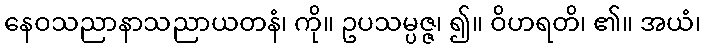
နေဝသညာနာသညာယတနံ၊ ကို။ ဥပသမ္ပဇ္ဇ၊ ၍။ ဝိဟရတိ၊ ၏။ အယံ၊